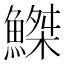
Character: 𫙮